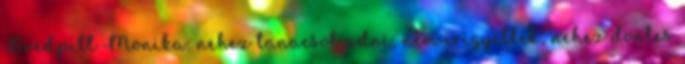
Bredpitt Monika: nehez tanacsot adni, nem irigyellek, nehez dontes